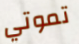
تموتي